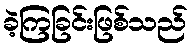
ခဲ့ကြခြင်းဖြစ်သည်